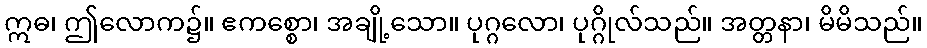
ဣဓ၊ ဤလောက၌။ ဧကစ္စော၊ အချို့သော။ ပုဂ္ဂလော၊ ပုဂ္ဂိုလ်သည်။ အတ္တနာ၊ မိမိသည်။